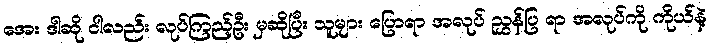
အေး ဒါဆို ငါလည်း လုပ်ကြည့်ဦး မှဆိုပြီး သူများ ပြောရာ အလုပ် ညွှန်ပြ ရာ အလုပ်ကို ကိုယ်နဲ့